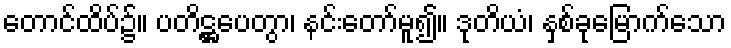
တောင်ထိပ်၌။ ပတိဋ္ဌပေတွာ၊ နင်းတော်မူ၍။ ဒုတိယံ၊ နှစ်ခုမြောက်သော